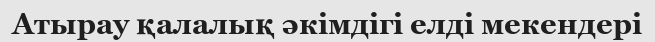
Атырау қалалық әкімдігі елді мекендері